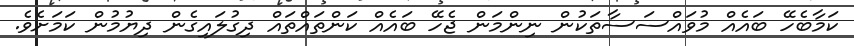
ކަމާބެހޭ ބައެއް މުވައްސަސާތަކުން ނިންމަން ޖެހޭ ބައެއް ކަންތައްތައް ދިގުލައިގެން ދިޔުމުން ކަމަށެވެ.